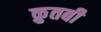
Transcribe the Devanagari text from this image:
क़ुतबी